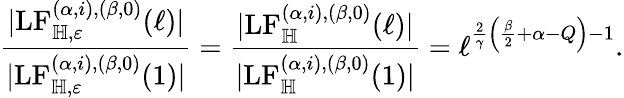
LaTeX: \frac{|\mathrm{LF}_{\mathbb H,\varepsilon}^{(\alpha,i),(\beta,0)}(\ell)|}{|\mathrm{LF}_{\mathbb H,\varepsilon}^{(\alpha,i),(\beta,0)}(1)|}=\frac{|\mathrm{LF}_{\mathbb H}^{(\alpha,i),(\beta,0)}(\ell)|}{|\mathrm{LF}_{\mathbb H}^{(\alpha,i),(\beta,0)}(1)|}=\ell^{\frac{2}{\gamma}\left(\frac{\beta}{2}+\alpha-Q\right)-1}.